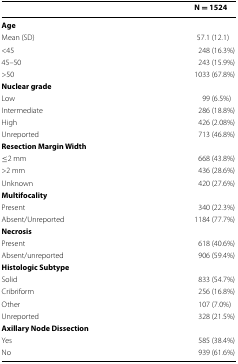
<table><thead><tr><td></td><td><b>N = 1524</b></td></tr></thead><tbody><tr><td colspan="2"><b>Age</b></td></tr><tr><td>Mean (SD)</td><td>57.1 (12.1)</td></tr><tr><td>&lt;45</td><td>248 (16.3%)</td></tr><tr><td>45–50</td><td>243 (15.9%)</td></tr><tr><td>&gt;50</td><td>1033 (67.8%)</td></tr><tr><td colspan="2"><b>Nuclear grade</b></td></tr><tr><td>Low</td><td>99 (6.5%)</td></tr><tr><td>Intermediate</td><td>286 (18.8%)</td></tr><tr><td>High</td><td>426 (2.08%)</td></tr><tr><td>Unreported</td><td>713 (46.8%)</td></tr><tr><td colspan="2"><b>Resection Margin Width</b></td></tr><tr><td>≤2 mm</td><td>668 (43.8%)</td></tr><tr><td>&gt;2 mm</td><td>436 (28.6%)</td></tr><tr><td>Unknown</td><td>420 (27.6%)</td></tr><tr><td colspan="2"><b>Multifocality</b></td></tr><tr><td>Present</td><td>340 (22.3%)</td></tr><tr><td>Absent/Unreported</td><td>1184 (77.7%)</td></tr><tr><td colspan="2"><b>Necrosis</b></td></tr><tr><td>Present</td><td>618 (40.6%)</td></tr><tr><td>Absent/unreported</td><td>906 (59.4%)</td></tr><tr><td colspan="2"><b>Histologic Subtype</b></td></tr><tr><td>Solid</td><td>833 (54.7%)</td></tr><tr><td>Cribriform</td><td>256 (16.8%)</td></tr><tr><td>Other</td><td>107 (7.0%)</td></tr><tr><td>Unreported</td><td>328 (21.5%)</td></tr><tr><td colspan="2"><b>Axillary Node Dissection</b></td></tr><tr><td>Yes</td><td>585 (38.4%)</td></tr><tr><td>No</td><td>939 (61.6%)</td></tr></tbody></table>